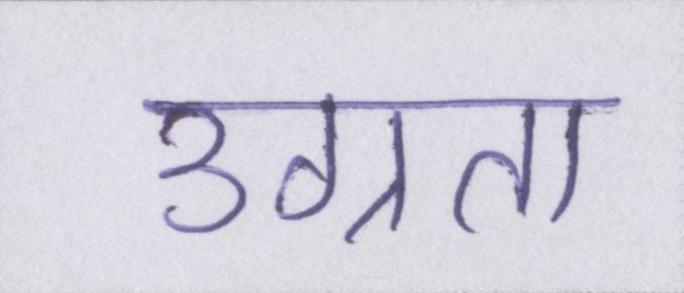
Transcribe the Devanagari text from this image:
उग्रता